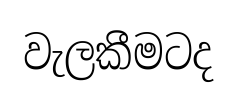
වැලකීමටද